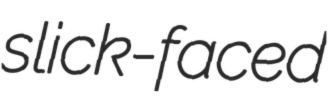
slick-faced